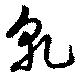
乾